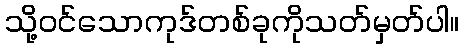
သို့ဝင်သောကုဒ်တစ်ခုကိုသတ်မှတ်ပါ။